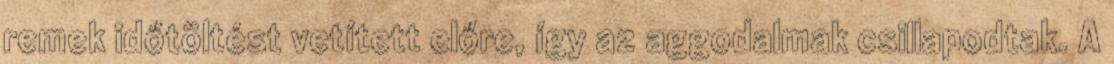
remek időtöltést vetített előre, így az aggodalmak csillapodtak. A